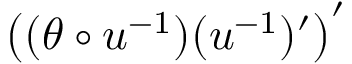
\big ( ( \theta \circ u ^ { - 1 } ) ( u ^ { - 1 } ) ^ { \prime } \big ) ^ { \prime }